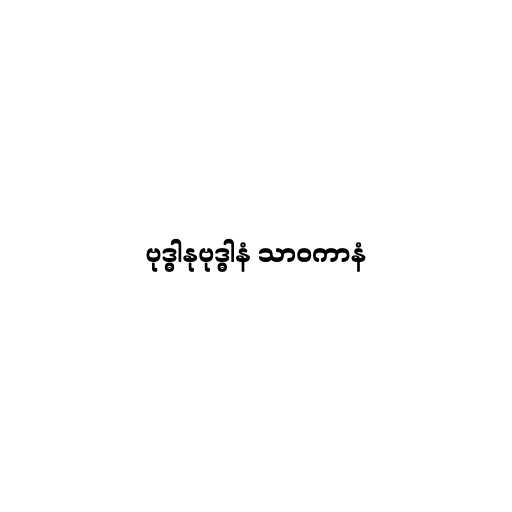
ဗုဒ္ဓါနုဗုဒ္ဓါနံ သာဝကာနံ